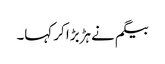
بیگم نے ہڑبڑا کر کہا۔